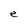
Character: e